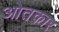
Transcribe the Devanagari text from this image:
ओतकार